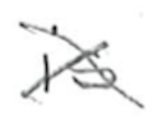
Text: is
Cross-out: cross
Writing tool: pencil